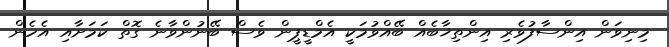
މިނިވަން އިންސާފުވެރި އިންތިޚާބެއް ބޭއްވުމަކީ އެމްޑީޕީން ވެސް ބޭނުންވާނެ ގޮތް ކަމަށާއި އެހެން